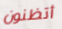
أتظنون